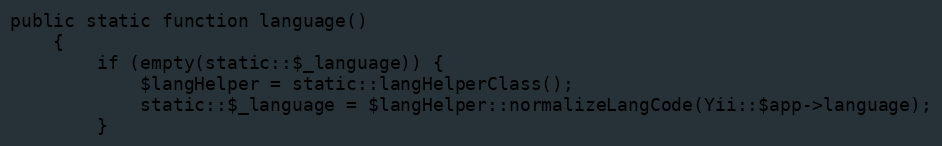
Language: PHP
public static function language()
    {
        if (empty(static::$_language)) {
            $langHelper = static::langHelperClass();
            static::$_language = $langHelper::normalizeLangCode(Yii::$app->language);
        }